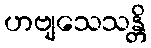
ဟဗျသေသန္တိ